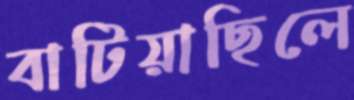
বাটিয়াছিলে